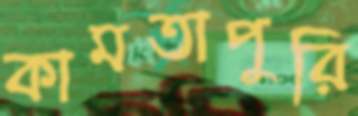
কামতাপুরি